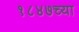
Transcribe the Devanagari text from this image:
१८४७च्या